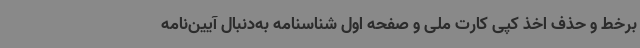
برخط و حذف اخذ کپی کارت ملی و صفحه اول شناسنامه به‌دنبال آیین‌نامه